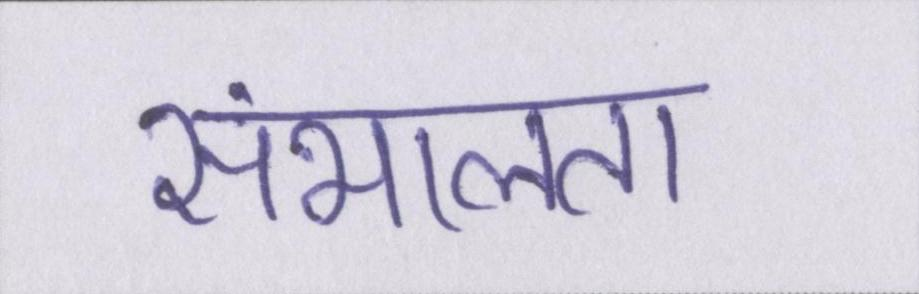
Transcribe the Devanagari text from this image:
संभालता